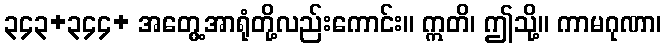
၃၄၃+၃၄၄+ အတွေ့အာရုံတို့လည်းကောင်း။ ဣတိ၊ ဤသို့။ ကာမဂုဏာ၊